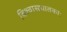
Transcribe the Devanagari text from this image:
विश्वासघातकाः